Civil Veterinary Dept. Bombay admin report 1893-99 - 1893-1899
Year: 1893
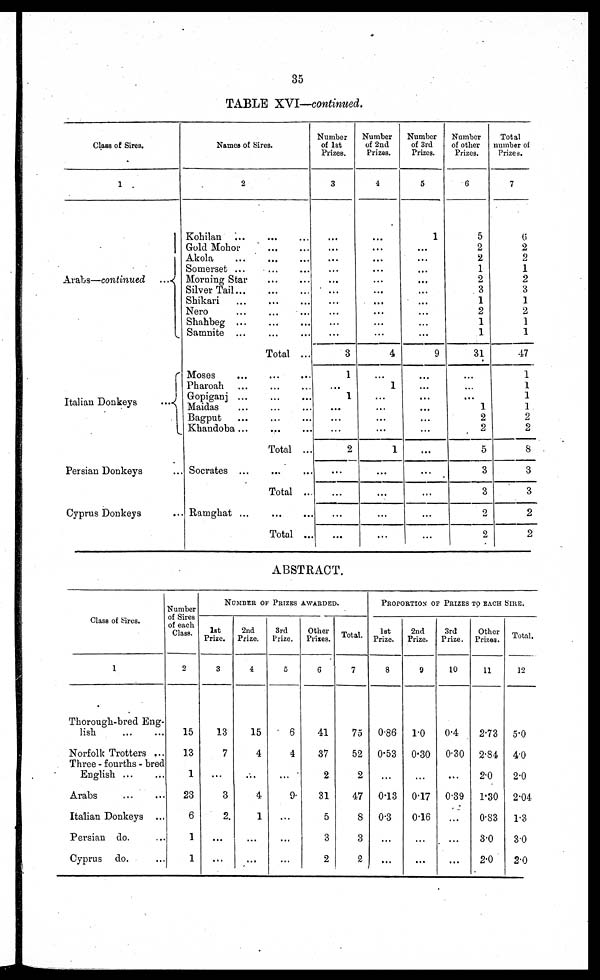
35
TABLE XVI—continued.
Class of Sires.
1
Arabs—continued
...
Italian Donkeys
...
Persian Donkeys ...
Cyprus Donkeys ...
Names of Sires.
2
Kohilan ... ... ...
Gold Mohor
...
...
Akola
...
...
...
Somerset ...
...
...
Morning Star
Silver Tail ... ... ...
Shikari
...
...
...
Nero
...
...
...
Shahbeg ... ... ...
Samnite ... ... ...
Total ...
Moses ... ... ...
Pharoah ... ... ...
Gopiganj ...
...
...
Maidas ... ... ...
Bagput ... ... ...
Khandoba ...
...
...
Total ...
Socrates ... ... ...
Total ...
Ramghat ...
...
...
Total ...
Number
of 1st
Prizes.
3
...
...
...
...
...
...
...
...
...
...
3
1
...
1
...
...
2
...
...
...
...
Number
of 2nd
Prizes.
4
...
...
...
...
...
...
...
...
...
...
4
...
1
...
...
...
1
...
...
...
...
Number
of 3rd
Prizes.
5
1
...
...
...
...
...
...
...
...
...
9
...
...
...
...
...
...
...
...
...
...
Number
of other
Prizes.
6
5
2
2
1
2
3
1
2
1
1
31
...
...
...
1
2
2
5
3
3
2
2
Total
number of
Prizes.
7
6
2
2
1
2
3
1
2
1
1
47
1
1
1
1
2
2
8
3
3
2
2
ABSTRACT.
Class of Sires.
1
Thorough-bred Eng-
lish
...
...
Norfolk Trotters ...
Three - fourths - bred
English
...
...
Arabs
...
...
Italian Donkeys ...
Persian do. ...
Cyprus do. ...
Number
of Sires
of each
Class.
2
15
13
1
23
6
1
1
NUMBER OF PRIZES AWARDED
1st
Prize.
3
13
7
...
3
2
...
...
2nd
Prize.
4
15
4
...
4
1
...
...
3rd
Prize.
5
6
4
...
9
...
...
...
Other
Prizes.
6
41
37
2
31
5
3
2
Total.
7
75
52
2
47
8
3
2
PROPORTION OF PRIZES TO EACH SIRE.
1st
Prize.
8
0.86
0.53
...
0.13
0.3
...
...
2nd
Prize.
9
1.0
0.30
...
0.17
0.16
...
...
3rd
Prize.
10
0.4
0.30
...
0.39
...
...
...
Other
Prizes.
11
2.73
2.84
2.0
1.30
0.83
3.0
2.0
Total.
12
5.0
4.0
2.0
2.04
1.3
30
2.0